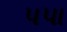
પપા